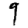
Digit: 9